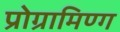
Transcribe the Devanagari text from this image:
प्रोग्रामिण्ग